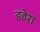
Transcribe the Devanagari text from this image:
हडेरा